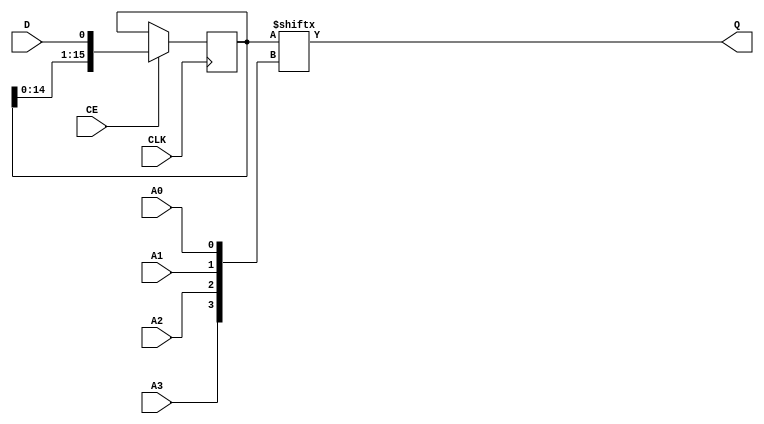
// $Header: /devl/xcs/repo/env/Databases/CAEInterfaces/xec_libs/data/unisims/SRL16E_1.v,v 1.1 2005/05/10 01:20:09 wloo Exp $

/*

FUNCTION	: 16 bit Shift Register LUT with Negative_edge Clock
		 and Clock Enable

*/

//`celldefine
`timescale  100 ps / 10 ps

module SRL16E_1 (Q, A0, A1, A2, A3, CE, CLK, D);

    parameter INIT = 16'h0000;

    output Q;

    input  A0, A1, A2, A3, CE, CLK, D;

    reg  [5:0]  count;
    reg  [15:0] data;
    wire [3:0]  addr;
    wire	clk_;
    wire	q_int;

    buf b_a3 (addr[3], A3);
    buf b_a2 (addr[2], A2);
    buf b_a1 (addr[1], A1);
    buf b_a0 (addr[0], A0);

    assign Q = data[addr];

    not i_c (clk_, CLK);

// synopsys translate_off
    initial begin
	for (count = 0; count < 16; count = count + 1)
	    data[count] <= INIT[count];
    end
// synopsys translate_on

    always @(posedge clk_) begin
	if (CE == 1'b1) begin
	    {data[15:0]} <= {data[14:0], D};
	end
    end

endmodule